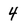
Character: 4